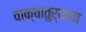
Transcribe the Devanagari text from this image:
वाक्चातुर्याचा